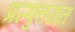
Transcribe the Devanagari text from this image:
प्रत्युत्तरात